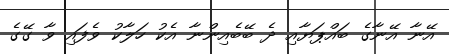
އޭނާ އޭނާގެ ބައްޕަޔާއި ދެ ބޭބެއިންނާ އެކު ހަލާކު ވެފައި ވާ ގޭގެ